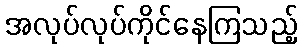
အလုပ်လုပ်ကိုင်နေကြသည့်